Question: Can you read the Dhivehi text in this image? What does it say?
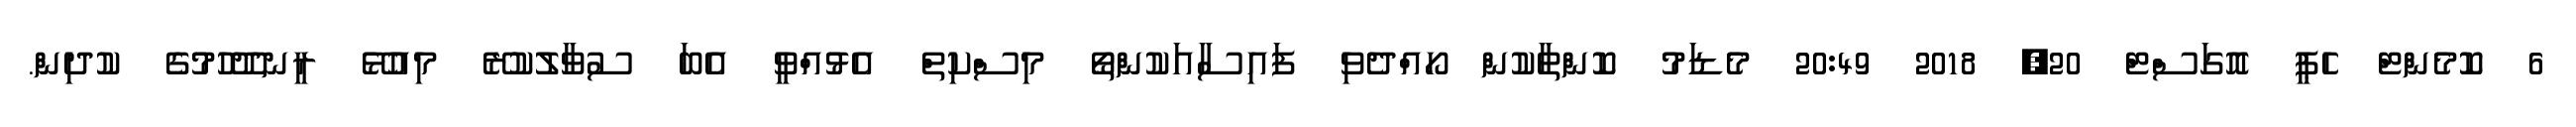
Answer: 6 ކޮމެންޓް ހެޕީ އޮގަސްޓް 20, 2018 20:49 މެޑަމު ކޮންތާކުން ހޯއްދެވި ފައިސާއަކުންތޯ މިސްކިތް އެޅުއްވީ އެބަ ސުވާލުކުރޭ މިއުޅޭ ރީނދޫހުމުގެ ކުދިން.